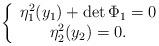
LaTeX: \begin{align*}\left\{\begin{array}{c}\eta_1^2(y_1) + \det \Phi_1 = 0 \\\eta_2^2(y_2) = 0.\end{array}\right.\end{align*}